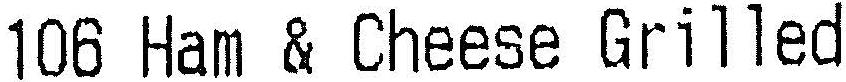
106 HAM & CHEESE GRILLED